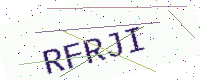
Text: RFRJI